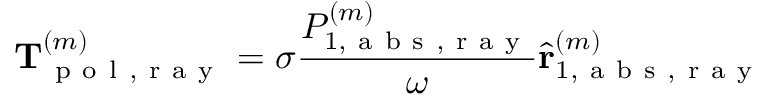
\mathbf { T } _ { \mathrm { ~ p ~ o ~ l ~ , ~ r ~ a ~ y ~ } } ^ { ( m ) } = \sigma \frac { { P } _ { 1 , \mathrm { ~ a ~ b ~ s ~ , ~ r ~ a ~ y ~ } } ^ { ( m ) } } { \omega } \hat { \mathbf { r } } _ { 1 , \mathrm { ~ a ~ b ~ s ~ , ~ r ~ a ~ y ~ } } ^ { ( m ) }